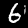
Digit: 6